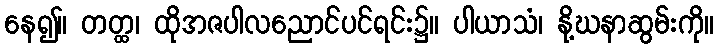
နေ၍။ တတ္ထ၊ ထိုအဇပါလညောင်ပင်ရင်း၌။ ပါယာသံ၊ နို့ဃနာဆွမ်းကို။